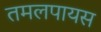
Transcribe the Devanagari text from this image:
तमलपायस